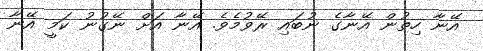
އޭނާ ހިތުން އޭނާގެ ނުބައި ރޭވުމެވެ. އޭނާ އަށް ނޭގުނު ކަމީ އޭނާ